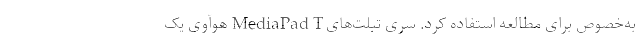
به‌خصوص برای مطالعه استفاده کرد. سری تبلت‌های MediaPad T هوآوی یک